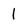
Character: 1